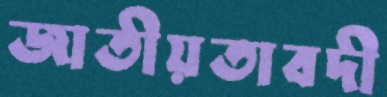
জাতীয়তাবদী